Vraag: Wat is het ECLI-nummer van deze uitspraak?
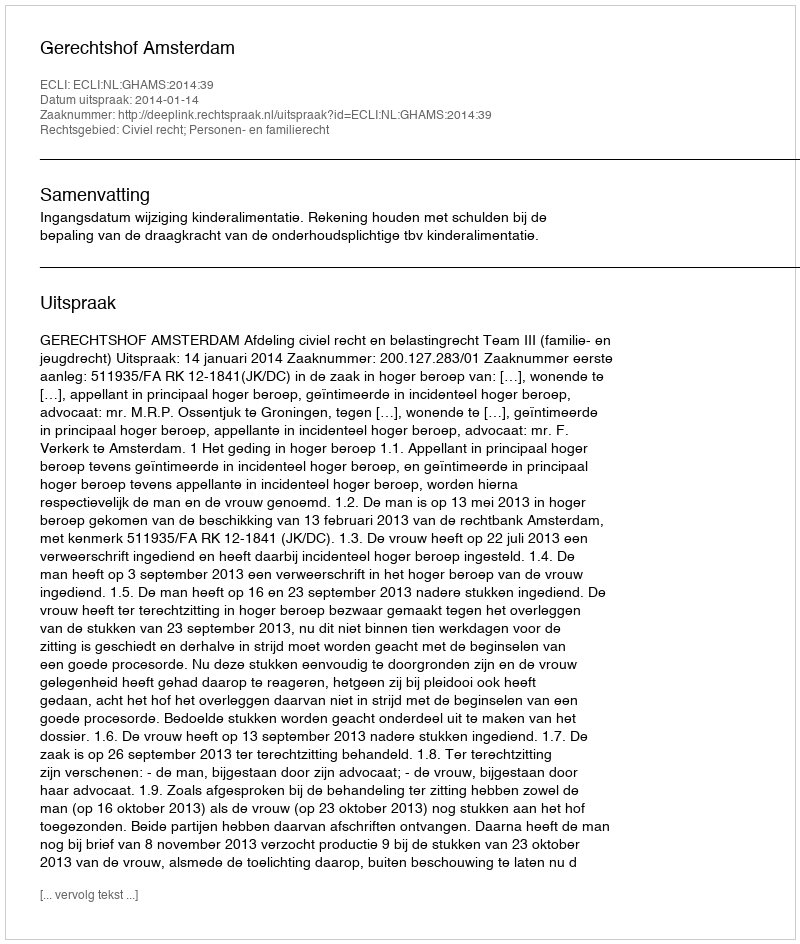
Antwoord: ECLI:NL:GHAMS:2014:39